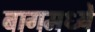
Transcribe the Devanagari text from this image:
बागमध्ये